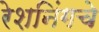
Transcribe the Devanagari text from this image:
रेशनिंगचे